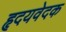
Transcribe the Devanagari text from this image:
हृदयवेदक